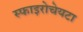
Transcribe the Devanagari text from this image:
स्फाइरोचेयटा